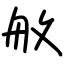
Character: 舣